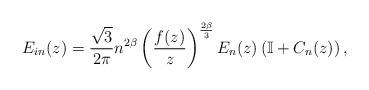
LaTeX: \begin{align*} E_{in}(z) = \frac{\sqrt{3}}{2\pi} n^{2\beta} \left(\frac{f(z)}{z} \right)^{\frac{2\beta}{3}}E_n(z) \left(\mathbb{I} + C_n(z) \right), \end{align*}